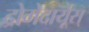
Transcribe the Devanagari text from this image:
द्रोमेदार्यूस्